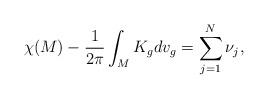
LaTeX: \begin{align*}\displaystyle \chi(M)-\frac{1}{2\pi}\int_{M} K_g dv_g= \sum_{j=1}^{N}\nu_{j},\end{align*}